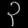
Digit: ၃